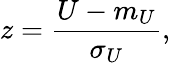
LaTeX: z={\frac{U-m_{U}}{\sigma_{U}}},